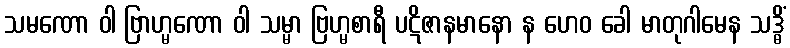
သမဏော ဝါ ဗြာဟ္မဏော ဝါ သမ္မာ ဗြဟ္မစာရီ ပဋိဇာနမာနော န ဟေဝ ခေါ မာတုဂါမေန သဒ္ဓိံ